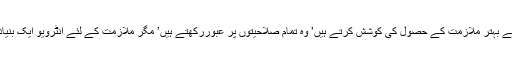
زیادہ تر لوگ بہتر سے بہتر ملازمت کے حصول کی کوشش کرتے ہیں’ وہ تمام صلاحیتوں پر عبوررکھتے ہیں’ مگر ملازمت کے لئے انٹرویو ایک بنیادی حیثیت رکھتا ہے۔